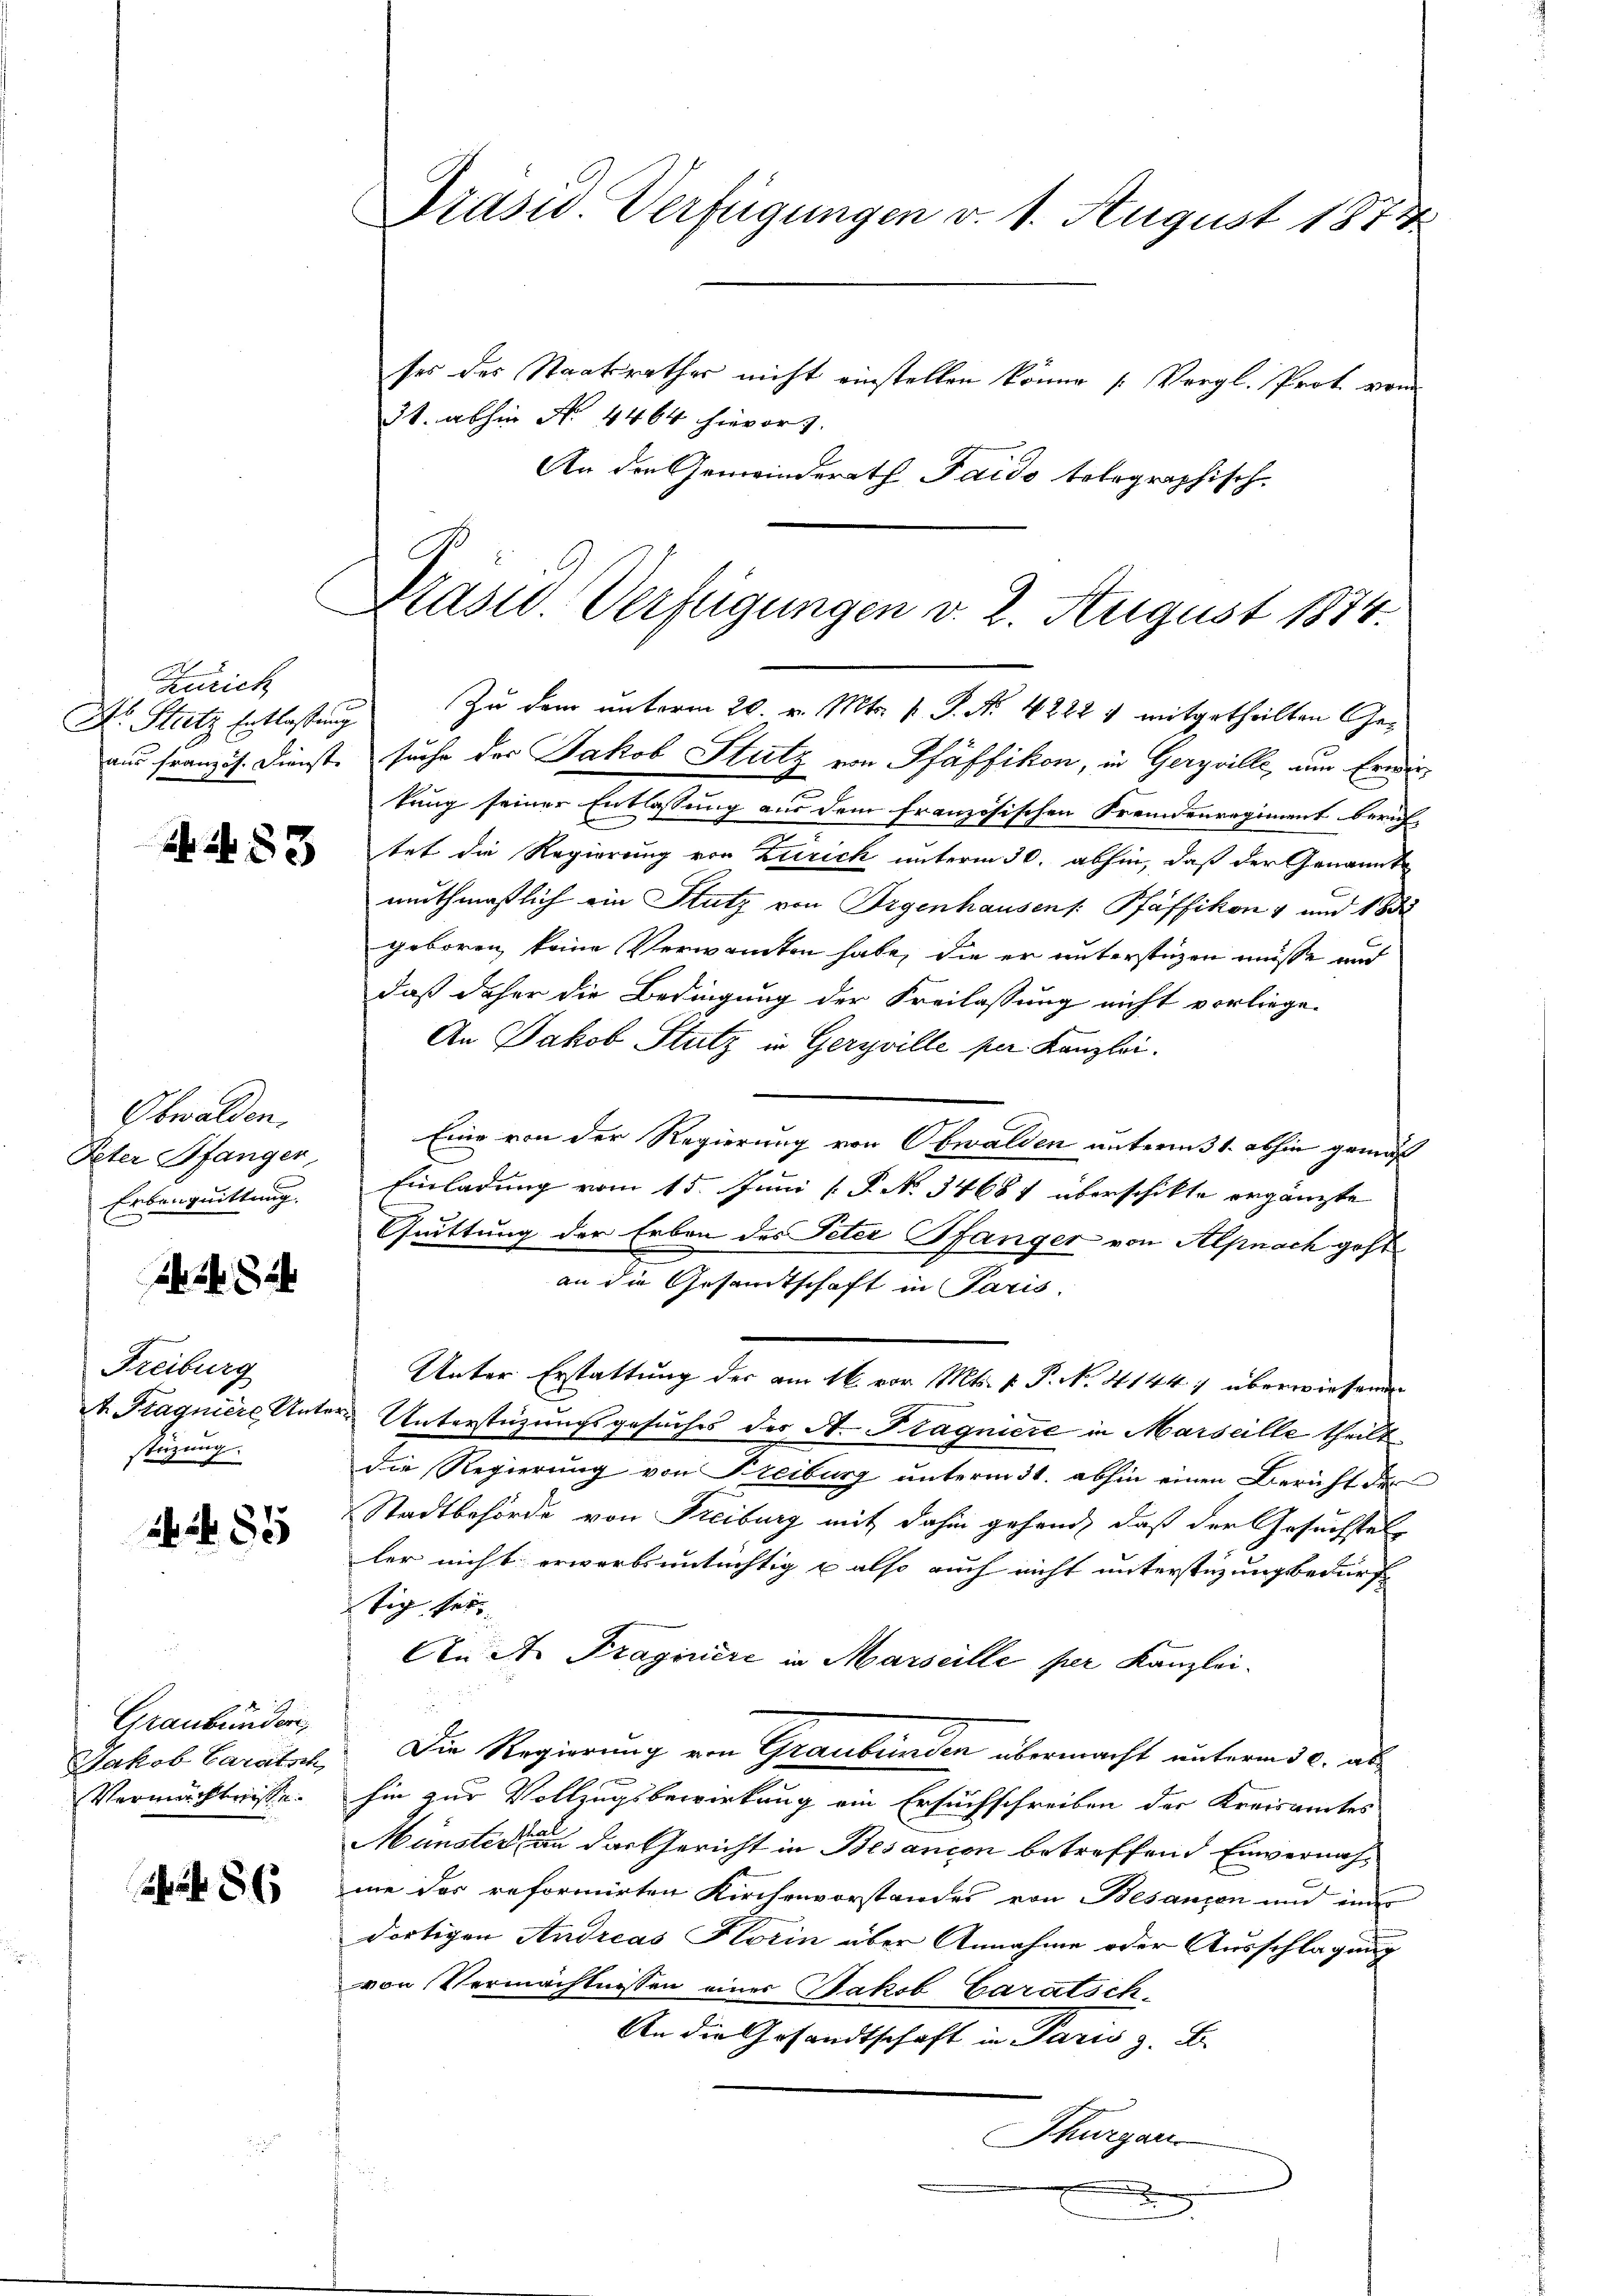
Zürich
Dr. Stutz Entlastung

53

Obwalden.
Peter Pfanger,
Erbenquittung.

2f 5 x

Freiburg
t. Pragniere Unter
stüzung.

26 f 55

Graubünden,
Jakob Caratsch
Vermächtnisse.

f 8 x

Präsid. Verfügungen v. 1. August 1874

Präsid. Verfügungen v. 2. August 1874.

ses des Staatsrathes nicht einstellen könne (Vergl. Prot. von
31. abhin No. 4464 hievor
An den Gemeinderath Pardo tolographisch
Zu dem unterm 20. v. Mts. s. S. Nr. 4222 & mitgetheilten Geaus franzis. Dienste suche der Jakob Stutz von Pfäffikon, in Gerzville, um Erwertung seiner Entlassung aus dem französischen Fremdenregiment berich-
tet die Regierung von Zürich unterm 30. abhin, daß der Genannte
muthmaßlich ein Stutz von Irgenhausen /: Pfäffikon 4 und 188
geboren, keine Verwandten habe, die er unterstüzen müsse und
daß daher die Bedingung der Freilassung nicht vorliege.
An Jakob Stutz in Gerzville per Kanzlei.
Eine von der Regierung von Obwalden unterm 31. abhin gemäß
Einladung vom 15. Juni [ P. No 34681 überschikte ergänzte
Quittung der Erben des Peter Pfänger von Alpnach geht
an die Gesandtschaft in Paris.
Unter Erstattung der am 16. vor. Mts. v. P. N. 4144) überwiesenen
 Unterstüzungsgesuches des A. Pragniere in Marseille theilt
die Regierung von Freiburg unterm 31. abhin einen Bericht der
Stadtbehörde von Freiburg mit dahin gehend, daß der Gesuchstel-
ler nicht erwerbsuntüchtig u also auch nicht unterstüzungsbedürfe
tig sei
An der Traginiere in Marseille per Kanzlei.
Die Regierung von Graubünden übermacht unterm 30. abhin zur Vollzugsbewirkung ein Ersuchschreiben der Kreisamtes
Münster an das Gericht in Besanien betreffend Einvernahme des reformirten Kirchenvorstandes von Besanzen und inner
dortigen Andreas Horin aber Annahme oder Ausschlagung
von Vermächtnissen einer Jakob Caratsch¬
An die Gesandtschaft in Paris z. B.
Thurgau